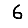
Digit: 6